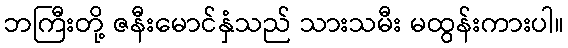
ဘကြီးတို့ ဇနီးမောင်နှံသည် သားသမီး မထွန်းကားပါ။